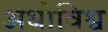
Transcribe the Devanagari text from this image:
अधोविश्व